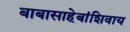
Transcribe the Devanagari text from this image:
बाबासाहेबांशिवाय